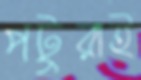
পটুরাই